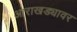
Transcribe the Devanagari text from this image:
आराखड्यावर